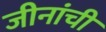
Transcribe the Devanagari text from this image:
जीनांची